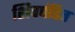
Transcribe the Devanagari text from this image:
शिवपंडित